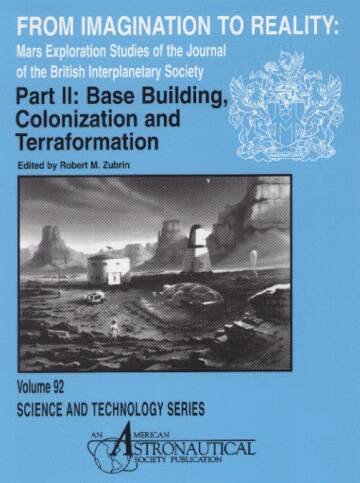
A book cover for From Imagination to Reality, Base Building, Colonization and Terraformation: Mars Exploration Studies of the Journal of the British Interplanetary Society (Science & Technology Series); Robert M. Zubrin; Science & Math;